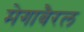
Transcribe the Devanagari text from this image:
मेगाबैरल